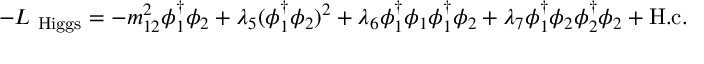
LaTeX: - { \cal L } _ { \mathrm { \small ~ H i g g s } } = - m _ { 1 2 } ^ { 2 } \phi _ { 1 } ^ { \dagger } \phi _ { 2 } + \lambda _ { 5 } ( \phi _ { 1 } ^ { \dagger } \phi _ { 2 } ) ^ { 2 } + \lambda _ { 6 } \phi _ { 1 } ^ { \dagger } \phi _ { 1 } \phi _ { 1 } ^ { \dagger } \phi _ { 2 } + \lambda _ { 7 } \phi _ { 1 } ^ { \dagger } \phi _ { 2 } \phi _ { 2 } ^ { \dagger } \phi _ { 2 } + \mathrm { H . c . }